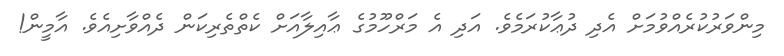
މިންވަރުކުރެއްވުމަށް އެދި ދުޢާކުރަމެވެ. އަދި އެ މަރްހޫމުގެ ޢާއިލާއަށް ކެތްތެރިކަން ދެއްވާށިއެވެ. އާމީން!